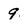
Character: 9